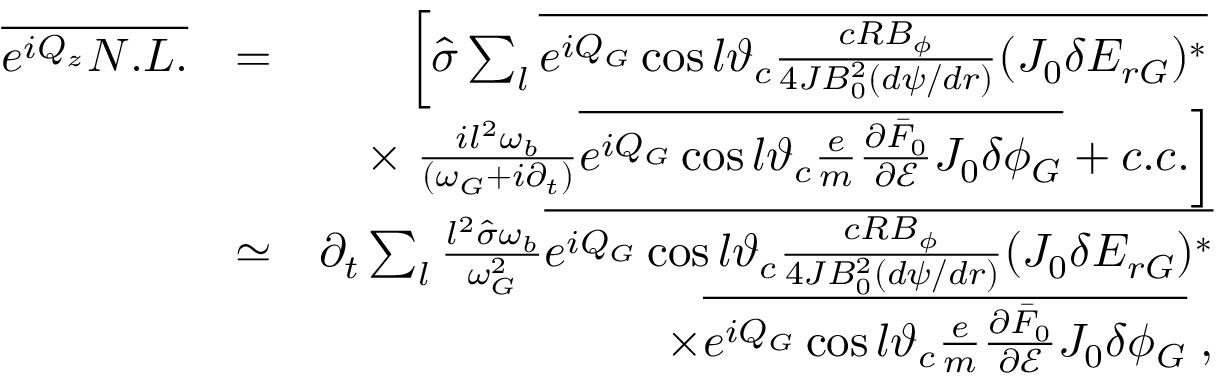
\begin{array} { r l r } { \overline { { e ^ { i Q _ { z } } N . L . } } } & { = } & { \left[ \hat { \sigma } \sum _ { l } \overline { { e ^ { i Q _ { G } } \cos l \vartheta _ { c } \frac { c R B _ { \phi } } { 4 { \cal J } B _ { 0 } ^ { 2 } ( d \psi / d r ) } ( J _ { 0 } \delta E _ { r G } ) ^ { * } } } \right. } \\ & { } & { \times \left. \frac { i l ^ { 2 } \omega _ { b } } { ( \omega _ { G } + i \partial _ { t } ) } \overline { { e ^ { i Q _ { G } } \cos l \vartheta _ { c } \frac { e } { m } \frac { \partial \bar { F } _ { 0 } } { \partial \mathcal { E } } J _ { 0 } \delta \phi _ { G } } } + c . c . \right] } \\ & { \simeq } & { \partial _ { t } \sum _ { l } \frac { l ^ { 2 } \hat { \sigma } \omega _ { b } } { \omega _ { G } ^ { 2 } } \overline { { e ^ { i Q _ { G } } \cos l \vartheta _ { c } \frac { c R B _ { \phi } } { 4 { \cal J } B _ { 0 } ^ { 2 } ( d \psi / d r ) } ( J _ { 0 } \delta E _ { r G } ) ^ { * } } } } \\ & { } & { \times \overline { { e ^ { i Q _ { G } } \cos l \vartheta _ { c } \frac { e } { m } \frac { \partial \bar { F } _ { 0 } } { \partial \mathcal { E } } J _ { 0 } \delta \phi _ { G } } } \; , } \end{array}